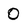
Character: 0